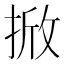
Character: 𭡓